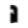
Digit: 1